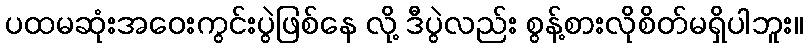
ပထမဆုံးအဝေးကွင်းပွဲဖြစ်နေ လို့ ဒီပွဲလည်း စွန့်စားလိုစိတ်မရှိပါဘူး။